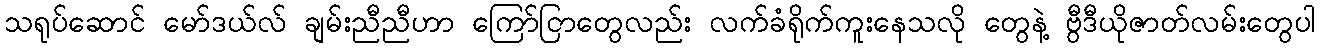
သရုပ်ဆောင် မော်ဒယ်လ် ချမ်းညီညီဟာ ကြော်ငြာတွေလည်း လက်ခံရိုက်ကူးနေသလို တွေနဲ့ ဗွီဒီယိုဇာတ်လမ်းတွေပါ